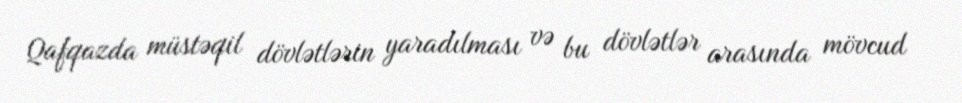
Qafqazda müstəqil dövlətlərin yaradılması və bu dövlətlər arasında mövcud